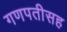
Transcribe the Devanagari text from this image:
गणपतीसह